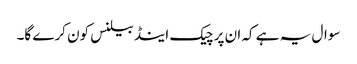
سوال یہ ہے کہ ان پر چیک اینڈ بیلنس کون کرے گا۔